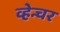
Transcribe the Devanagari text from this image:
व्हेन्चर